Leaving Certificate Examination, 1903
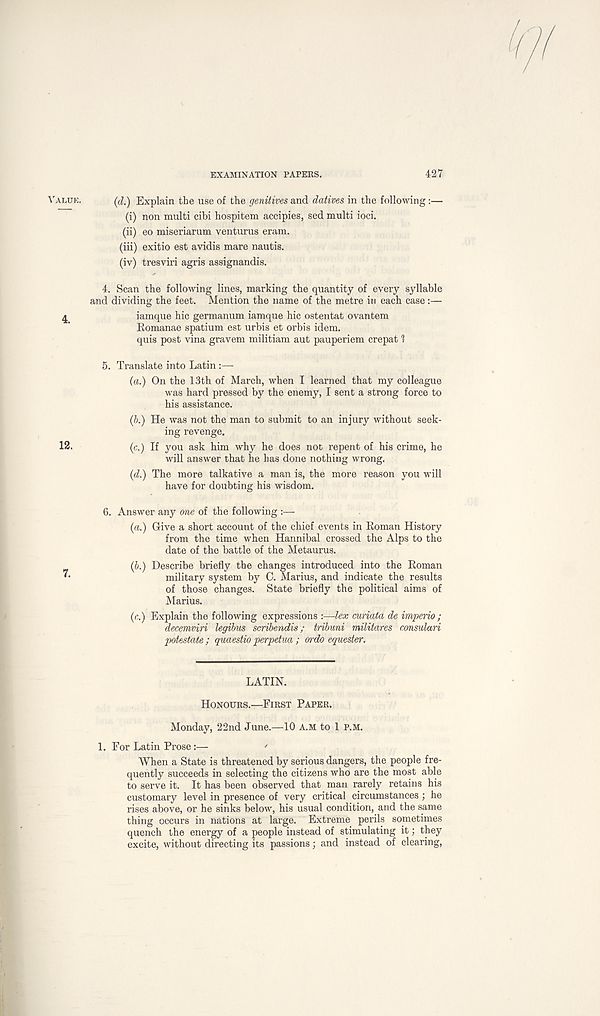
EXAMINATION PAPERS.
427
VALUE.
4.
12.
(d.) Explain the use of the genitives and datives in the following :—
(i) non multi cibi hospitem accipies, sed multi ioci.
(ii) eo miseriarum venturus eram.
(iii) exitio est avidis mare nautis.
(iv) tresviri agris assignandis.
4. Scan the following lines, marking the quantity of every syllable
and dividing the feet. Mention the name of the metre in each case:—
iamque hie germanum iamque hie ostentat ovantem
Romanae spatium est urbis et or bis idem.
quis post vina gravem militiam aut pauperiem crepat 1
5. Translate into Latin:—
(a.) On the 13th of March, when I learned that my colleague
was hard pressed by the enemy, I sent a strong force to
his assistance.
(6.) He was not the man to submit to an injury without seek-
ing revenge.
(c.) If you ask him why he does not repent of his crime, he
will answer that he has done nothing wrong.
(d.) The more talkative a man is, the more reason you will
have for doubting his wisdom.
6. Answer any one of the following :—
(a.) Give a short account of the chief events in Roman History
from the time when Hannibal crossed the Alps to the
date of the battle of the Metaurus.
(6.) Describe briefly the changes introduced into the Roman
military system by C. Marius, and indicate the results
of those changes. State briefly the political aims of
Marius.
(c.) Explain the following expressions :—lex curiata de imperio ;
decemviri legibus scribendis; tribuni militares consulari
potestate ; quaestio perpetua; ordo equester.
LATIN.
HONOURS.—FIRST PAPER.
Monday, 22nd June.—10 A.M to 1 P.M.
1. For Latin Prose:—
'
When a State is threatened by serious dangers, the people fre-
quently succeeds in selecting the citizens who are the most able
to serve it. It has been observed that man rarely retains his
customary level in presence of very critical circumstances ; he
rises above, or he sinks below, his usual condition, and the same
thing occurs in nations at large. Extreme perils sometimes
quench the energy of a people instead of stimulating it; they
excite, without directing its passions; and instead of clearing,